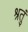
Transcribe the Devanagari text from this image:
श्रतुं